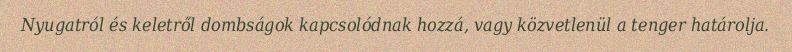
Nyugatról és keletről dombságok kapcsolódnak hozzá, vagy közvetlenül a tenger határolja.